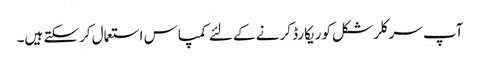
آپ سرکلر شکل کو ریکارڈ کرنے کے لئے کمپاس استعمال کرسکتے ہیں۔